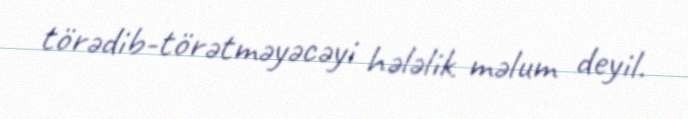
törədib-törətməyəcəyi hələlik məlum deyil.